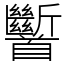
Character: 𩠹